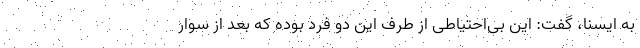
به ایسنا، گفت: این بی‌احتیاطی از طرف این دو فرد بوده که بعد از سوار